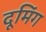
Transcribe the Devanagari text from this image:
दूमिंग